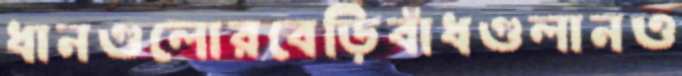
ধানগুলোরবেড়িবাঁধগুলানও